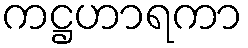
ကဋ္ဌဟာရကာ